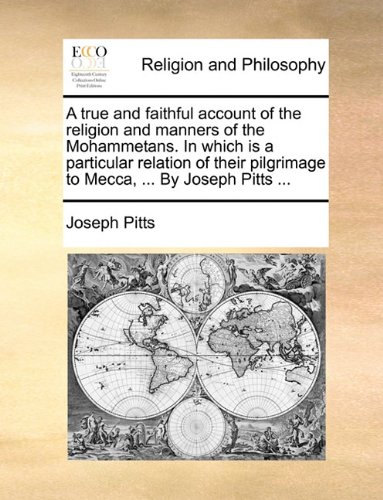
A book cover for A true and faithful account of the religion and manners of the Mohammetans. In which is a particular relation of their pilgrimage to Mecca, ... By Joseph Pitts ...; Joseph Pitts; Religion & Spirituality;